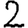
Digit: 2